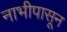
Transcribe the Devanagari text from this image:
नाभीपासून